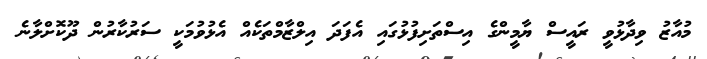
މުއާޒު ވިދާޅުވީ ރައީސް ޔާމީންގެ އިސްތަށިފުޅުގައި އެފަދަ އިލްޒާމްތަކެއް އެޅުވުމަކީ ސަރުކާރުން ދޫކޮށްލާނެ